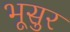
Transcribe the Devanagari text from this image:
भूसुर